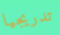
تدريجيا